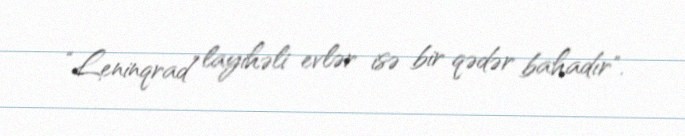
“Leninqrad” layihəli evlər isə bir qədər bahadır".